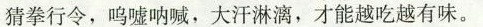
猜拳行令，呜嘘呐喊，大汗淋漓，才能越吃越有味。